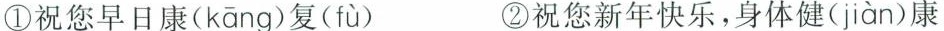
①祝您早日康( kāng )复( fù ) ②祝您新年快乐，身体健( jiàn )康